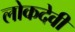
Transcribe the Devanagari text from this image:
लोकदेवी